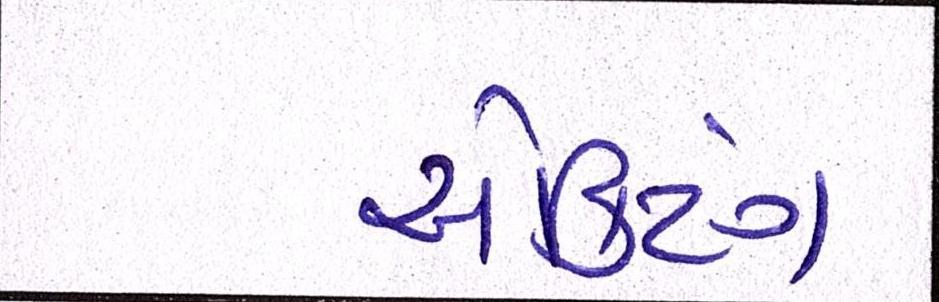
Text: ઍક્ટિંગ